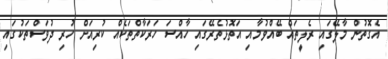
އެގޮތުން މާލޭގައި ރެލީތައް ބޭއްވުމާއި އަތޮޅުތެރޭގައި ހާއްސަ ހަރަކާތްތަކެއް ކުރިއަށް ހުރި ދުވަސްތަކުގައި